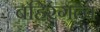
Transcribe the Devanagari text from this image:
बहिरंगत्वं